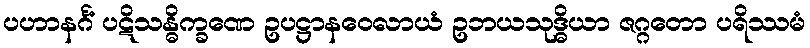
ပဟာနင်္ဂံ ပဋိသန္ဓိက္ခဏေ ဥပဋ္ဌာနဝေလာယံ ဥဘယသုဒ္ဓိယာ ဇဂ္ဂတော ပရိဿမံ